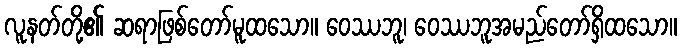
လူနတ်တို့၏ ဆရာဖြစ်တော်မူထသော။ ဝေဿဘူ၊ ဝေဿဘူအမည်တော်ရှိထသော။